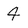
Character: 4